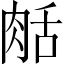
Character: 𦧘